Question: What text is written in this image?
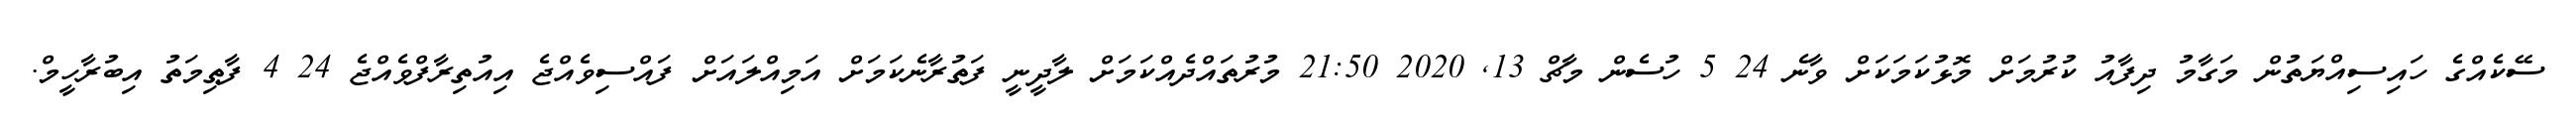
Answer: ސޭކެއްގެ ހައިސިއްޔަތުން މަގާމު ދިފާއު ކުރުމަށް މޮޅުކަމަކަށް ވާނެ 24 5 ހުސެން މާޗް 13, 2020 21:50 މުރުތައްދެއްކަމަށް ލާދީނީ ފަތުރާނެކަމަށް އަމިއްލައަށް ފައްސިވެއްޖެ އިއުތިރާފްވެއްޖެ 24 4 ފާޠިމަތު އިބުރާހީމް.